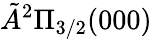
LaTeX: \tilde{A}{}^{2}\Pi_{3/2}(000)